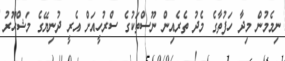
ނިމެމުން މިދާ ހަފުތާގެ މެދު ތެރެއިން ނޫސްތަކުގެ ސްރުހީއަށް އެރީ ދުނިޔޭގެ މަޝްހޫރު